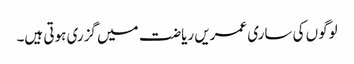
لوگوں کی ساری عمریں ریاضت میں گزری ہوتی ہیں۔